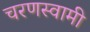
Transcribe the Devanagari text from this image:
चरणस्वामी